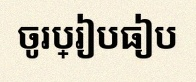
ចូរប្រៀបធៀប